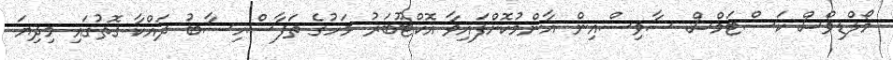
މޯލްޑިވްސް ކަސްޓަމްސް ސާވިސްއިން އާންމުކޮށްފައިވާ އޮކްޓޫބަރު މަހުގެ ތަފާސްހިސާބު ދައްކާ ގޮތުގައި މިދިޔަ